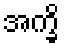
အက္ခိ